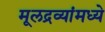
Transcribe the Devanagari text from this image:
मूलद्रव्यांमध्ये